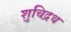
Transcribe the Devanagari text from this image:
शुचिद्रथ